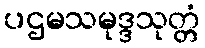
ပဌမသမုဒ္ဒသုတ္တံ